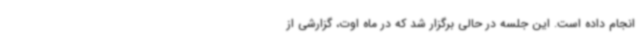
انجام داده است. این جلسه در حالی برگزار شد که در ماه اوت، گزارشی از